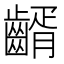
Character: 𪙀